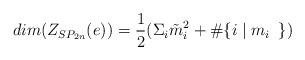
LaTeX: \begin{align*}dim(Z_{SP_{2n}}(e)) = \frac{1}{2}(\Sigma_i \tilde{m}_i^2 + \#\{i \mid m_i \,\ \})\end{align*}